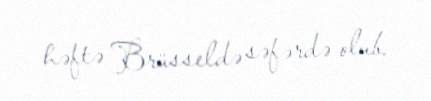
həftə Brüsseldə səfərdə olub.